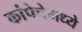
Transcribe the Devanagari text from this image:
कांपेचेमध्ये